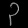
Digit: ၃